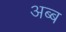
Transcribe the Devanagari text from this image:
अब्ब